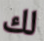
لك